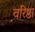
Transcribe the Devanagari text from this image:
वरिष्ठा